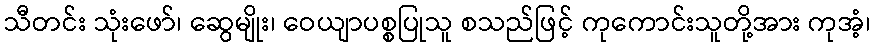
သီတင်း သုံးဖော်၊ ဆွေမျိုး၊ ဝေယျာပစ္စပြုသူ စသည်ဖြင့် ကုကောင်းသူတို့အား ကုအံ့၊